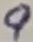
Text: 9